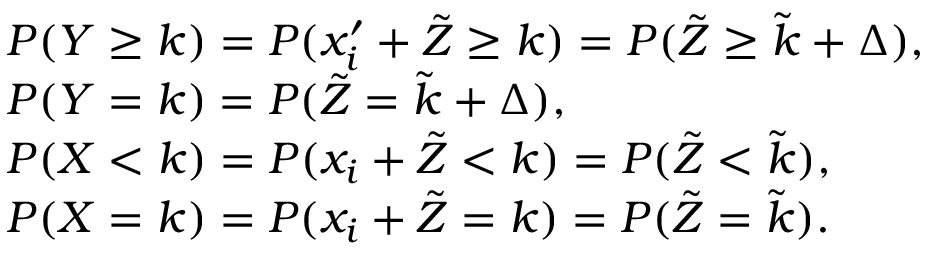
\begin{array} { r l } & { P ( Y \geq k ) = P ( x _ { i } ^ { \prime } + \tilde { Z } \geq k ) = P ( \tilde { Z } \geq \tilde { k } + \Delta ) , } \\ & { P ( Y = k ) = P ( \tilde { Z } = \tilde { k } + \Delta ) , } \\ & { P ( X < k ) = P ( x _ { i } + \tilde { Z } < k ) = P ( \tilde { Z } < \tilde { k } ) , } \\ & { P ( X = k ) = P ( x _ { i } + \tilde { Z } = k ) = P ( \tilde { Z } = \tilde { k } ) . } \end{array}